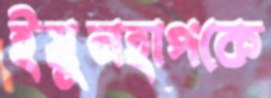
ইয়ুনহাপকে